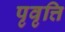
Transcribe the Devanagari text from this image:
पृवृत्ति